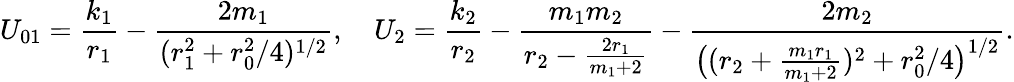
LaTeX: U_{01}=\frac{k_{1}}{r_{1}}-\frac{2m_{1}}{(r_{1}^{2}+r_{0}^{2}/4)^{1/2}},\quad U_{2}=\frac{k_{2}}{r_{2}}-\frac{m_{1}m_{2}}{r_{2}-\frac{2r_{1}}{m_{1}+2}}-\frac{2m_{2}}{\big((r_{2}+\frac{m_{1}r_{1}}{m_{1}+2})^{2}+r_{0}^{2}/4\big)^{1/2}}.